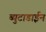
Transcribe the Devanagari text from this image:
ब्युटाडाईन